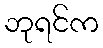
ဘုရင်က